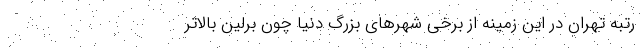
رتبه تهران در این زمینه از برخی شهرهای بزرگ دنیا چون برلین بالاتر